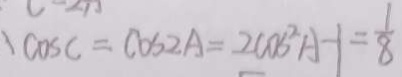
\cos C = \cos 2 A = 2 \cos ^ { 2 } A - 1 = \frac { 1 } { 8 }